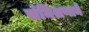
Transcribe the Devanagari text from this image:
संमिश्रणाने